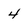
Character: 4